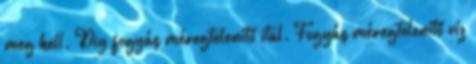
meg kell. Diy fogyás méregtelenítő ital. Fogyás méregtelenítő víz